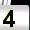
Digit: 4